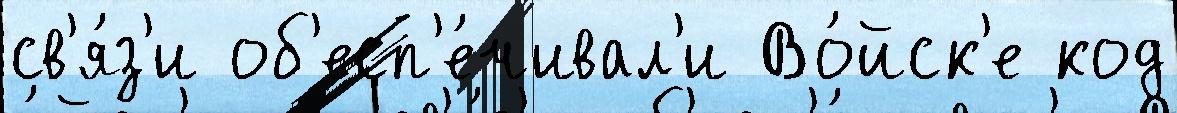
св'я́з'и об'есп'е́чивал'и Во́йск'е код